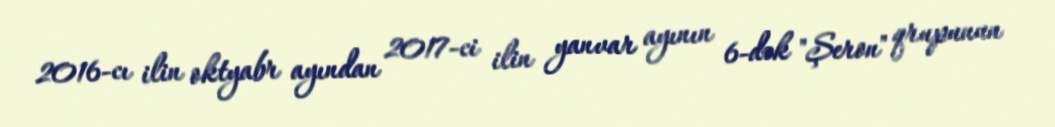
2016-cı ilin oktyabr ayından 2017-ci ilin yanvar ayının 6-dək "Şeron" qrupunun